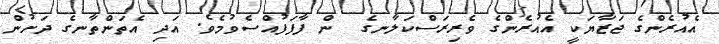
އެއުރެންގެ ޖަޒާޔަކީ އެއުރެންގެ ވެރިރަސްކަލާނގެ  ން ފާފަފުއްސެވުމެވެ. އަދި އެތަންތާނގެ ދަށުން